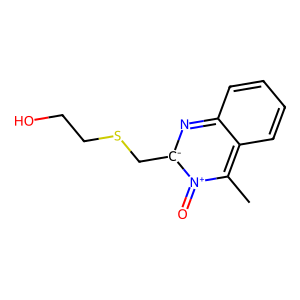
SMILES: Cc1c2ccccc2n[c-](CSCCO)[n+]1=O
Inhibits HIV replication: No